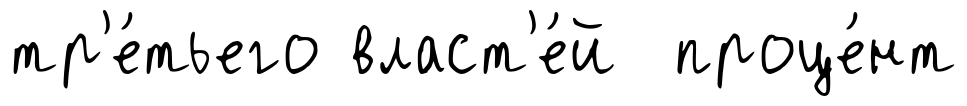
тр'е́тьего власт'е́й проце́нт